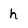
Character: h